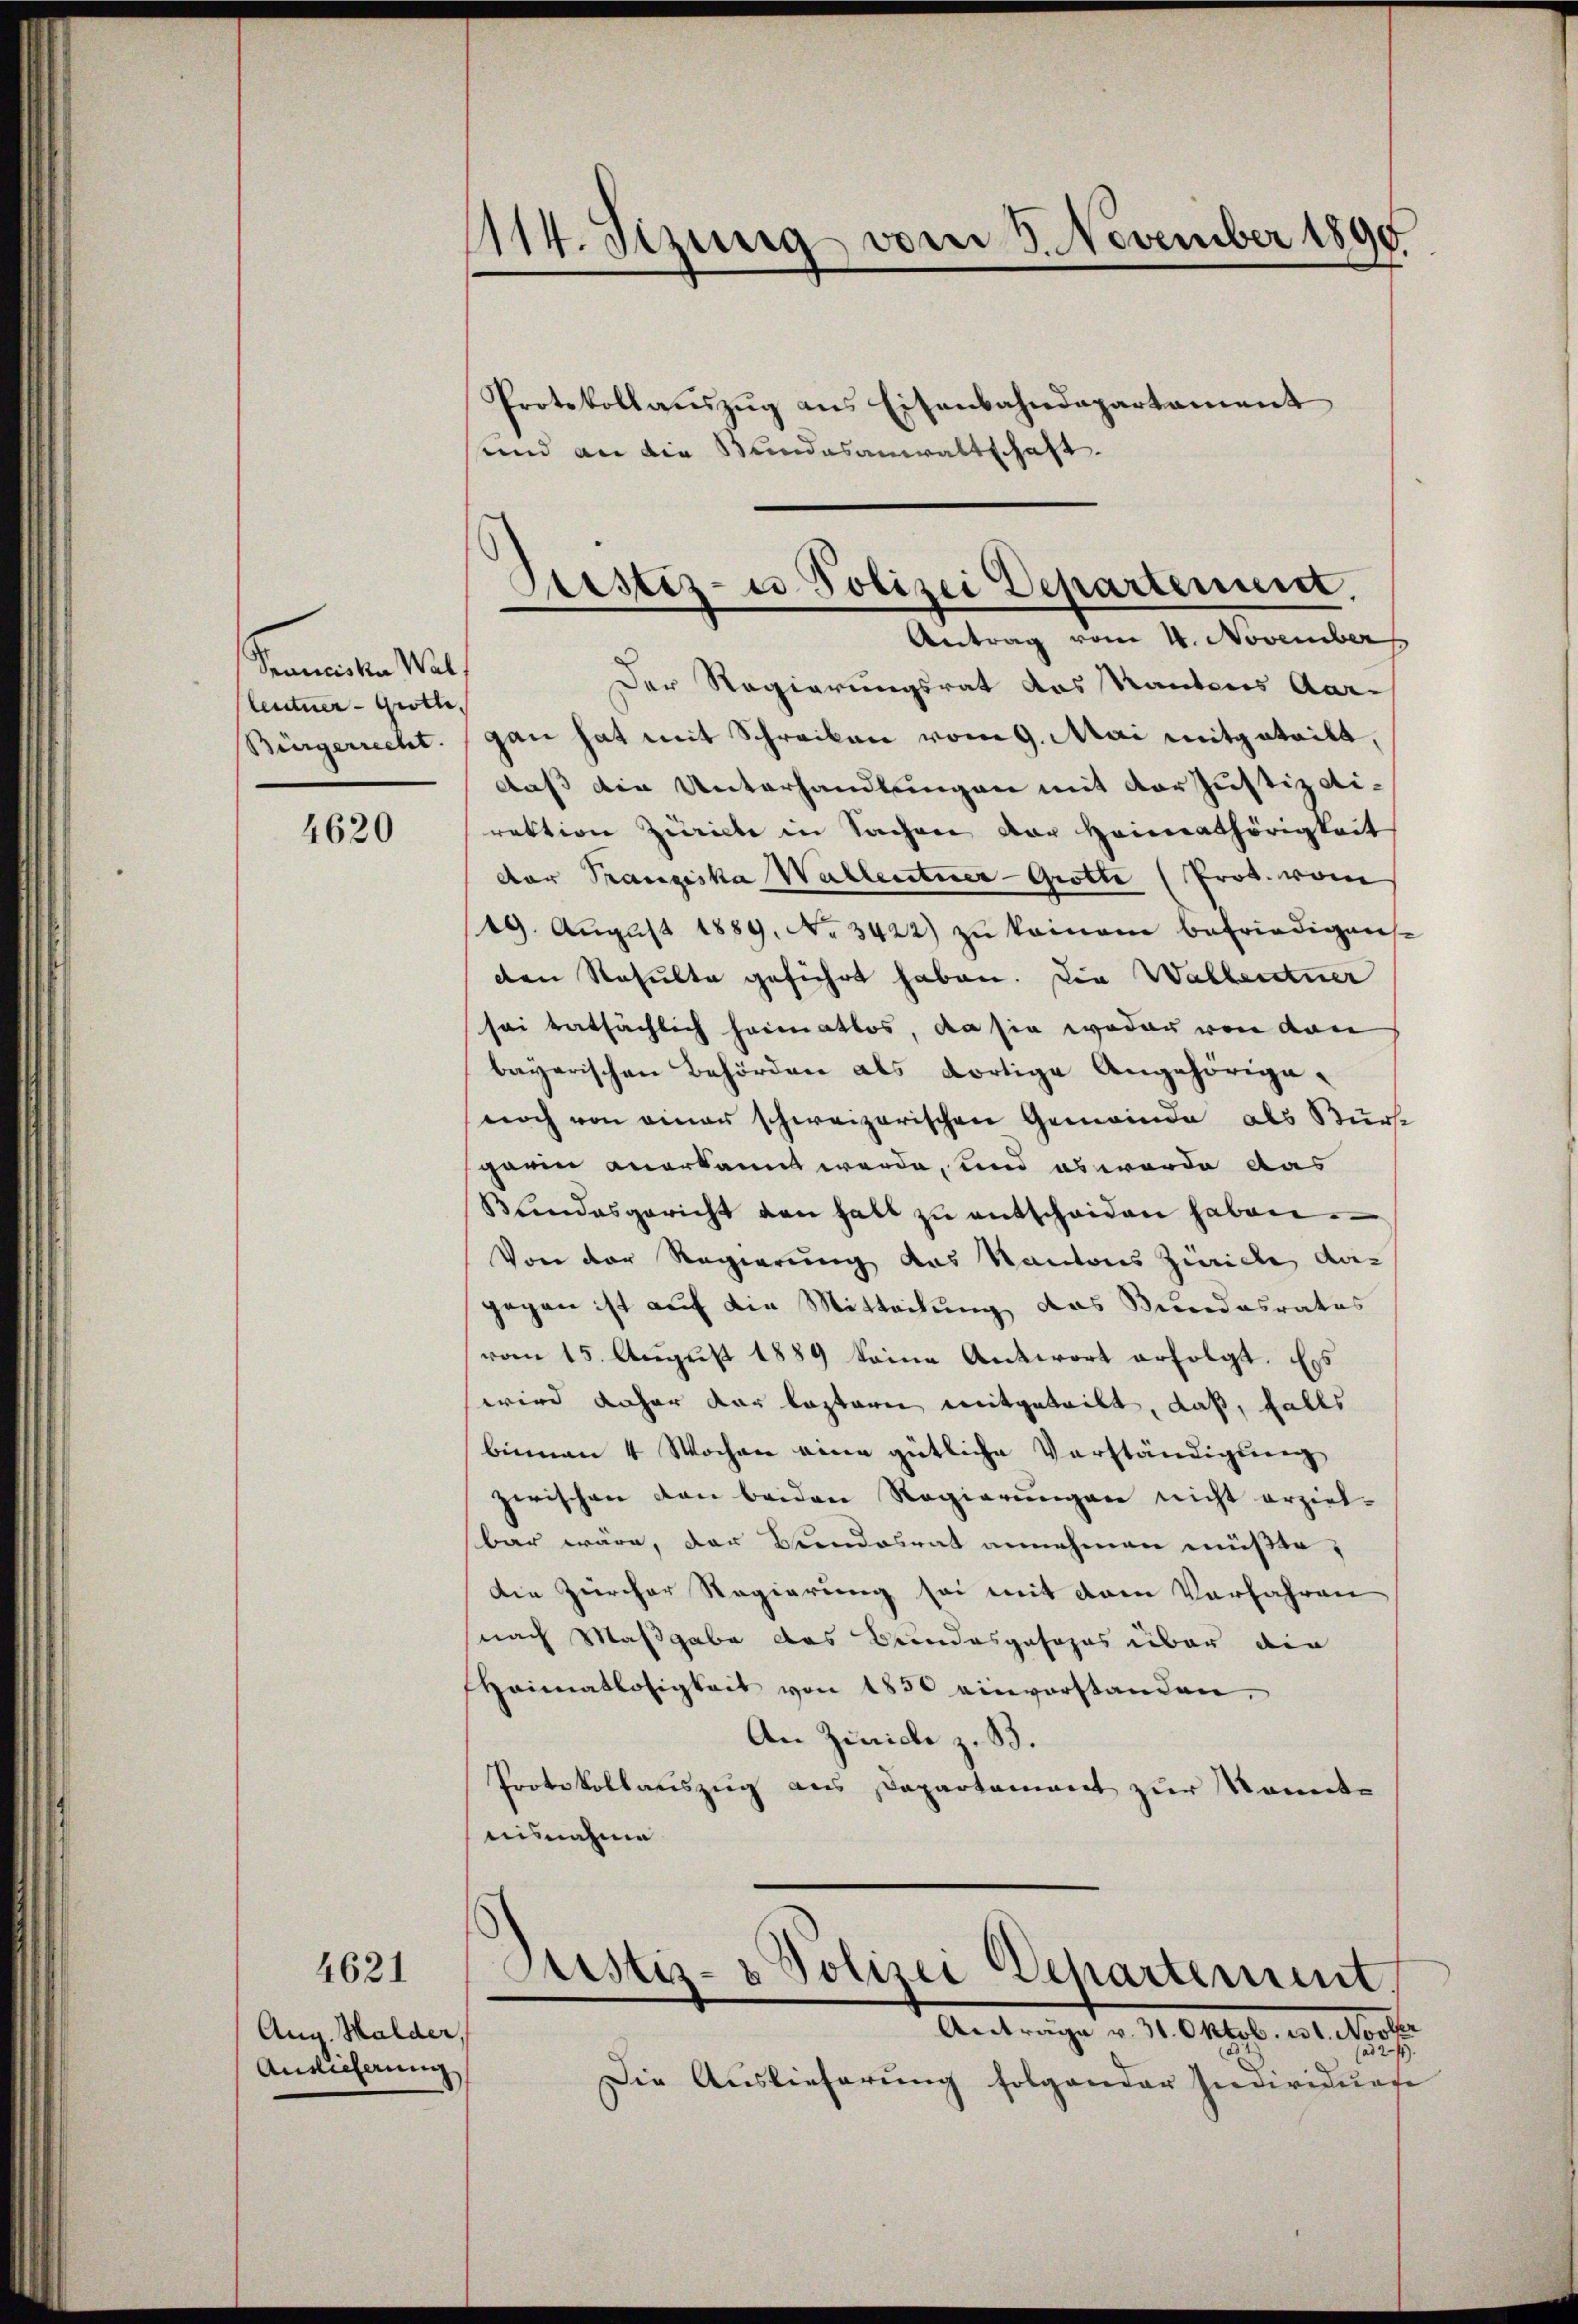
Praviciska Wal
lentner - Grotte
Bürgerrecht.

4620

Aug. Halder,
Ansicherung

4621

1114. Sizung vom 8. November 1890
Protokollaŭszŭg ans Eisenbahndepartament
sund an die Bundesanwaltschaft.

Der Regierungsrat das Kantons Aar-
gan hat mit Schreiben vom 9. Mai mitgeteilt,
daß die Unterhandlungen mit der Justiz airektion Zürich in Sachen der Heimathörigkeit
der Tranziska Wallentner-Grotte (Prot. vom
19. August 1889. No 3422) zu keinem befriedigen
den Resulte geführt haben. Die Walkentner
sei tatsächlich heimatlos, da sie weder von den
bayerischen Behörden als dortige Angehörige,
noch von einer schweizerischen Gemeinde als Bürk
garin anerkannt werde, und es wurde das
Bundesgericht den halt zŭ entscheiden haben.
Von der Regierung das Kantons Zwicke der
gegen ist auf die Mitteilung das Bundesrates
vom 15. August 1889 keine Antwort erfolgt. Es
wird daher der leztern mitgeteilt, daß, falls
biemen 4 Wochen eine gütliche Vorständigung
zwischen von beiden Regierungen nicht erziel-
bar wäre, der Bundesrat annehmen müßte,
Die Zürcher Regierung sei mit dem Vorfahren
nach Maßgabe das Bundespasopus über die
Haimatlosigkeit von 1830 einvorstanden.
An Zürich z. B.
Protokollauszug aus Departement zur konnte
uisnahme

Justiz- u Polizei Departement.
e
Antrag vom 4. November

Justiz- & Polizei Departement,

Anträge v. 31. Oktob. ist. Novber
24).
Die Auslieferŭng folgender Individuage